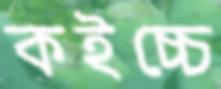
কইচ্চে